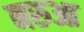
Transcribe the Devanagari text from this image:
नरुआ